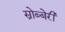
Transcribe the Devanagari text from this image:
स्नोब्बेरी